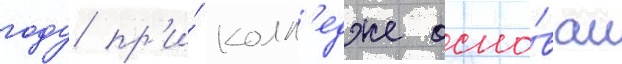
году пр'и́ колл'едже осно́ван